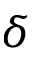
\delta